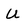
Character: U